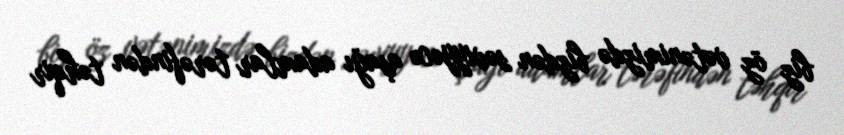
biz öz vətənimizdə bizdən səviyyəcə aşağı adamlar tərəfindən təhqir